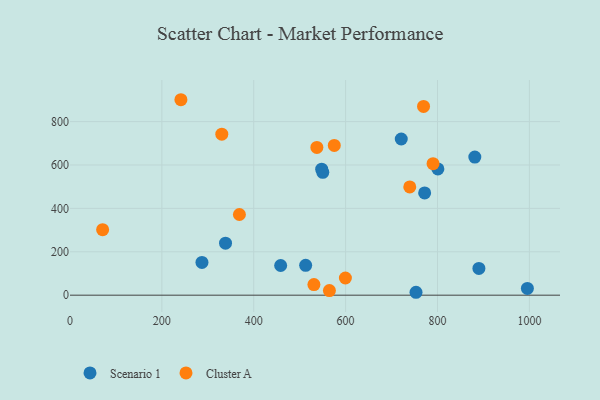
{"axis": {"x": "Distance", "y": "Profit"}, "legend": ["Cluster A", "Scenario 1"], "data": [{"x": "547.9", "y": 580.8, "type": "Scenario 1"}, {"x": "890.1", "y": 123.5, "type": "Scenario 1"}, {"x": "772.0", "y": 471.2, "type": "Scenario 1"}, {"x": "287.3", "y": 151.0, "type": "Scenario 1"}, {"x": "881.2", "y": 636.7, "type": "Scenario 1"}, {"x": "995.6", "y": 31.2, "type": "Scenario 1"}, {"x": "800.8", "y": 581.7, "type": "Scenario 1"}, {"x": "513.0", "y": 137.7, "type": "Scenario 1"}, {"x": "550.3", "y": 566.0, "type": "Scenario 1"}, {"x": "753.2", "y": 13.4, "type": "Scenario 1"}, {"x": "721.1", "y": 719.7, "type": "Scenario 1"}, {"x": "338.6", "y": 239.6, "type": "Scenario 1"}, {"x": "458.6", "y": 136.9, "type": "Scenario 1"}, {"x": "575.3", "y": 690.4, "type": "Cluster A"}, {"x": "330.5", "y": 742.0, "type": "Cluster A"}, {"x": "537.4", "y": 681.0, "type": "Cluster A"}, {"x": "599.5", "y": 79.1, "type": "Cluster A"}, {"x": "241.5", "y": 900.8, "type": "Cluster A"}, {"x": "769.6", "y": 869.9, "type": "Cluster A"}, {"x": "564.7", "y": 21.1, "type": "Cluster A"}, {"x": "368.8", "y": 371.9, "type": "Cluster A"}, {"x": "71.1", "y": 301.8, "type": "Cluster A"}, {"x": "790.3", "y": 606.0, "type": "Cluster A"}, {"x": "739.6", "y": 499.0, "type": "Cluster A"}, {"x": "531.0", "y": 48.9, "type": "Cluster A"}]}